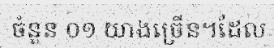
ចំនួន ០១ យាងច្រើន។ដែល